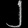
Digit: ၂